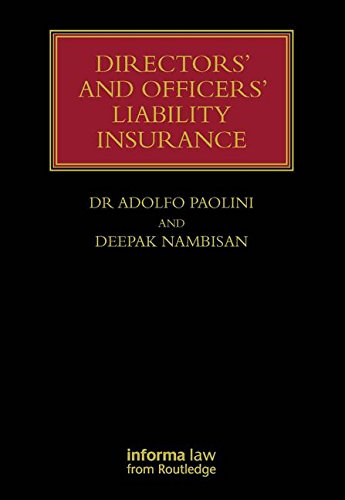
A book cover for Directors' and Officers' Liability Insurance (Lloyd's Insurance Law Library); Adolfo Paolini; Business & Money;